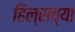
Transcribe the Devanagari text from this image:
हिल्सच्या